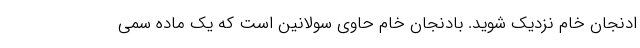
ادنجان خام نزديك شويد. بادنجان خام حاوي سولانين است كه يك ماده سمي